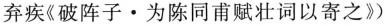
弃疾《破阵子·为陈同甫赋壮词以寄之》)